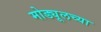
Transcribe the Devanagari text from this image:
मोड्यूलच्या